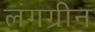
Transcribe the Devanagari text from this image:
लंगग्रीन